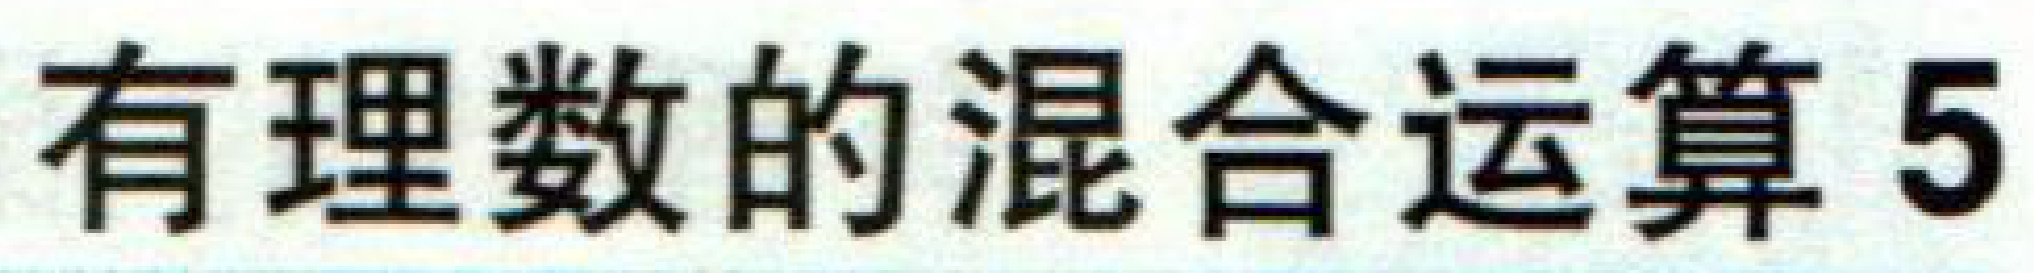
有理数的混合运算5